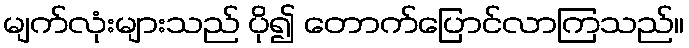
မျက်လုံးများသည် ပို၍ တောက်ပြောင်လာကြသည်။